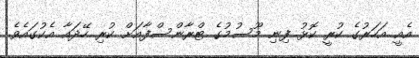
އެއީ އަހަރުގެ ކުރީ ކޮޅު ފިނި މޫސުމުގެ ޓްރާންސްފާއަށް ކުރި ހޭދައާ އެކުގައެވެ.